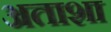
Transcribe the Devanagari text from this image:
अताशा